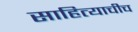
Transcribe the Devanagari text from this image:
साहित्याचीच